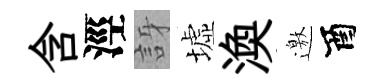
含涇訝墟渙邀酉